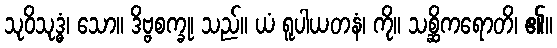
သုဝိသုဒ္ဓံ၊ သော။ ဒိဗ္ဗစက္ခု၊ သည်။ ယံ ရူပါယတနံ၊ ကို။ သစ္ဆိကရောတိ၊ ၏။